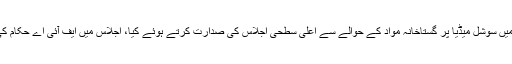
ان خیالات کا اظہار انہوں نے اسلام آباد میں سوشل میڈیا پر گستاخانہ مواد کے حوالے سے اعلیٰ سطحی اجلاس کی صدارت کرتے ہوئے کیا، اجلاس میں ایف آئی اے حکام کی جانب سے شرکاء کو بریفنگ دی گئی۔